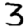
Digit: 3